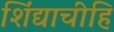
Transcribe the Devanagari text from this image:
शिंद्याचीहि